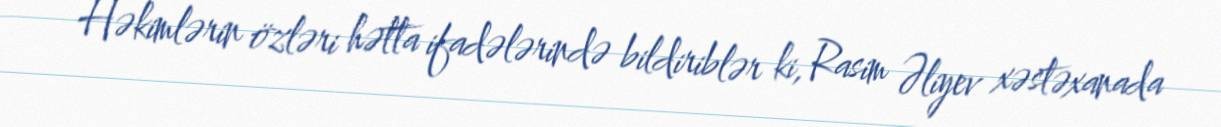
Həkimlərin özləri hətta ifadələrində bildiriblər ki, Rasim Əliyev xəstəxanada